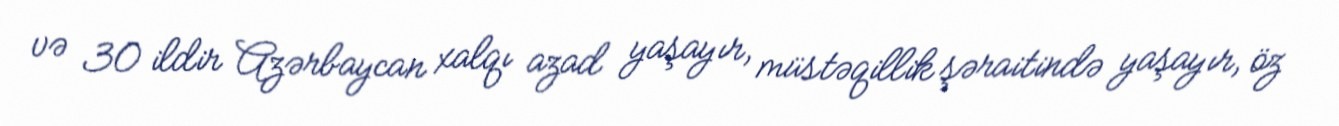
və 30 ildir Azərbaycan xalqı azad yaşayır, müstəqillik şəraitində yaşayır, öz